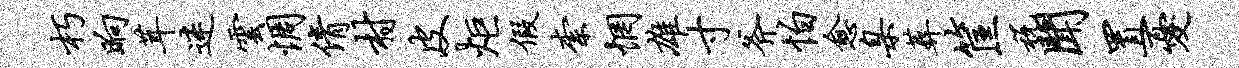
朽晌茸迷云惆倩村皮炬假柰惘雄寸斧怕愈臬葬筐税闻置忧